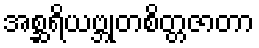
အစ္ဆရိယဗ္ဘုတစိတ္တဇာတာ